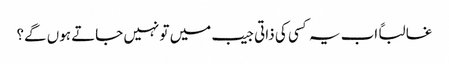
غالباً اب یہ کسی کی ذاتی جیب میں تو نہیں جاتے ہوں گے؟